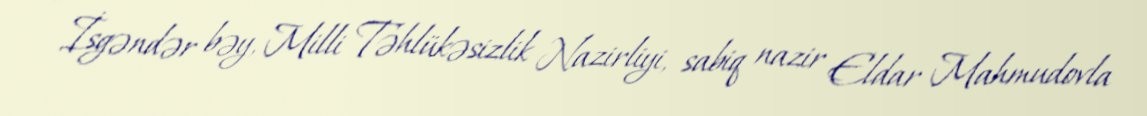
- İsgəndər bəy, Milli Təhlükəsizlik Nazirliyi, sabiq nazir Eldar Mahmudovla